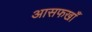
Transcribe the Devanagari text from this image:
आसफखाँ